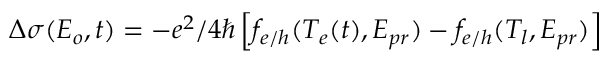
\Delta \sigma ( E _ { o } , t ) = - e ^ { 2 } / 4 \hbar \left[ f _ { e / h } ( T _ { e } ( t ) , E _ { p r } ) - f _ { e / h } ( T _ { l } , E _ { p r } ) \right]